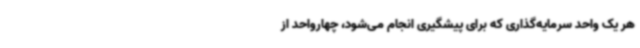
هر یک واحد سرمایه‌گذاری که برای پیشگیری انجام می‌شود، چهارواحد از